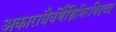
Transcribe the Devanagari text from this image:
अकाराद्यैर्वर्णैस्त्रिभिरभिदधत्